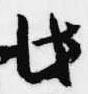
此